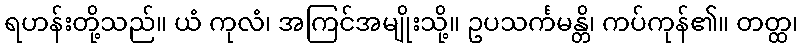
ရဟန်းတို့သည်။ ယံ ကုလံ၊ အကြင်အမျိုးသို့။ ဥပသင်္ကမန္တိ၊ ကပ်ကုန်၏။ တတ္ထ၊